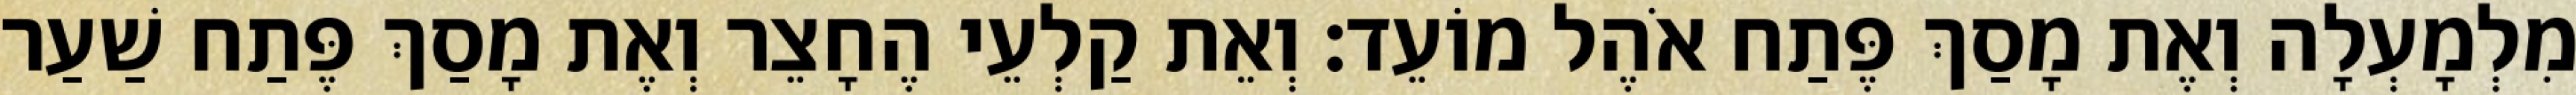
מִלְמָעְלָה וְאֶת מָסַךְ פֶּתַח אֹהֶל מוֹעֵד׃ וְאֵת קַלְעֵי הֶחָצֵר וְאֶת מָסַךְ פֶּתַח שַׁעַר